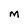
Character: M